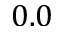
0 . 0